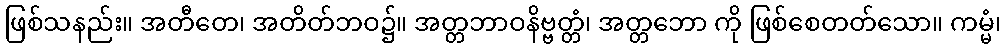
ဖြစ်သနည်း။ အတီတေ၊ အတိတ်ဘဝ၌။ အတ္တဘာဝနိဗ္ဗတ္တံ၊ အတ္တဘော ကို ဖြစ်စေတတ်သော။ ကမ္မံ၊